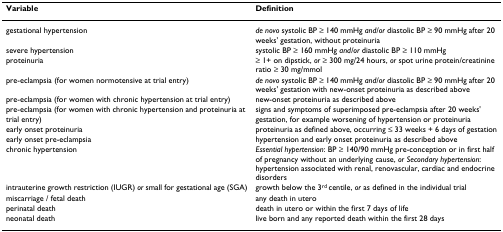
<table><thead><tr><td><b>Variable</b></td><td><b>Definition</b></td></tr></thead><tbody><tr><td>gestational hypertension</td><td><i>de novo </i>systolic BP ≥ 140 mmHg <i>and/or </i>diastolic BP ≥ 90 mmHg after 20 weeks&#x27; gestation, without proteinuria</td></tr><tr><td>severe hypertension</td><td>systolic BP ≥ 160 mmHg <i>and/or </i>diastolic BP ≥ 110 mmHg</td></tr><tr><td>proteinuria</td><td>≥ 1+ on dipstick, <i>or </i>≥ 300 mg/24 hours, <i>or </i>spot urine protein/creatinine ratio ≥ 30 mg/mmol</td></tr><tr><td>pre-eclampsia (for women normotensive at trial entry)</td><td><i>de novo </i>systolic BP ≥ 140 mmHg <i>and/or </i>diastolic BP ≥ 90 mmHg after 20 weeks&#x27; gestation with new-onset proteinuria as described above</td></tr><tr><td>pre-eclampsia (for women with chronic hypertension at trial entry)</td><td>new-onset proteinuria as described above</td></tr><tr><td>pre-eclampsia (for women with chronic hypertension and proteinuria at trial entry)</td><td>signs and symptoms of superimposed pre-eclampsia after 20 weeks&#x27; gestation, for example worsening of hypertension or proteinuria</td></tr><tr><td>early onset proteinuria</td><td>proteinuria as defined above, occurring ≤ 33 weeks + 6 days of gestation</td></tr><tr><td>early onset pre-eclampsia</td><td>hypertension and early onset proteinuria as described above</td></tr><tr><td>chronic hypertension</td><td><i>Essential hypertension</i>: BP ≥ 140/90 mmHg pre-conception or in first half of pregnancy without an underlying cause, <i>or Secondary hypertension</i>: hypertension associated with renal, renovascular, cardiac and endocrine disorders</td></tr><tr><td>intrauterine growth restriction (IUGR) <i>or </i>small for gestational age (SGA)</td><td>growth below the 3<sup>rd </sup>centile, <i>or </i>as defined in the individual trial</td></tr><tr><td>miscarriage / fetal death</td><td>any death in utero</td></tr><tr><td>perinatal death</td><td>death in utero or within the first 7 days of life</td></tr><tr><td>neonatal death</td><td>live born and any reported death within the first 28 days</td></tr></tbody></table>